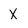
Character: X